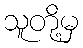
သူတို့မှ